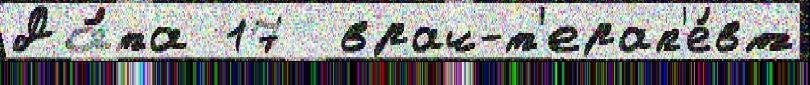
Да́та 17  врач-т'ерап'е́вт